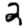
Digit: 2